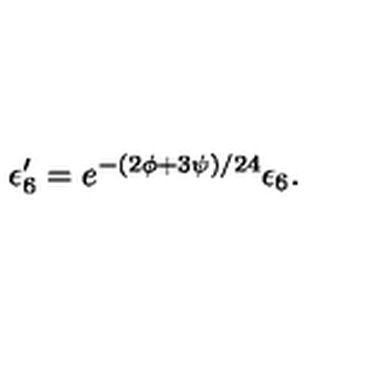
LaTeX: \epsilon _ { 6 } ^ { \prime } = e ^ { - ( 2 \phi + 3 \psi ) / 2 4 } \epsilon _ { 6 } .